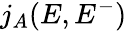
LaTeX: j_{A}(E,E^{-})